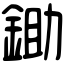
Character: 鋤